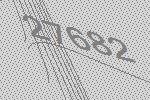
27682